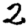
Digit: 2